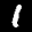
Label: 1